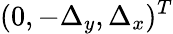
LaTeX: (0,-\Delta_{y},\Delta_{x})^{T}